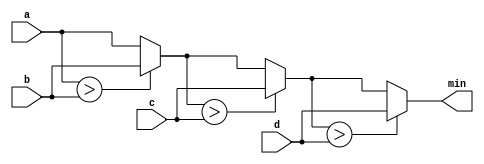
module top_module (
    input [7:0] a, b, c, d,
    output [7:0] min);//

    wire [7:0] t1, t2, t3;
    // assign intermediate_result1 = compare? true: false;
    assign t1 = a;
    assign t2 = (t1>b)? b : t1;
    assign t3 = (t2>c)? c : t2;
    assign min = (t3>d)? d : t3;    

endmodule